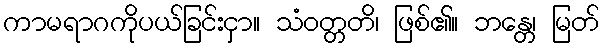
ကာမရာဂကိုပယ်ခြင်းငှာ။ သံဝတ္တတိ၊ ဖြစ်၏။ ဘန္တေ၊ မြတ်